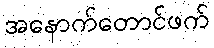
အနောက်တောင်ဖက်